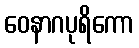
ဝေနာဂပုရိကော